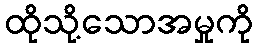
ထိုသို့သောအမှုကို